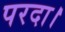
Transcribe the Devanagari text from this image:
परदा।